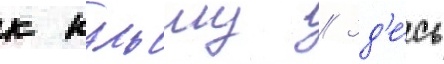
к кульму // Зд'е́сь